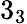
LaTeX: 3_{3}